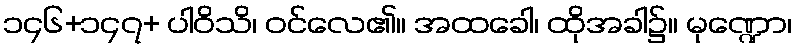
၁၄၆+၁၄၇+ ပါဝိသိ၊ ဝင်လေ၏။ အထခေါ၊ ထိုအခါ၌။ မုဏ္ဍော၊